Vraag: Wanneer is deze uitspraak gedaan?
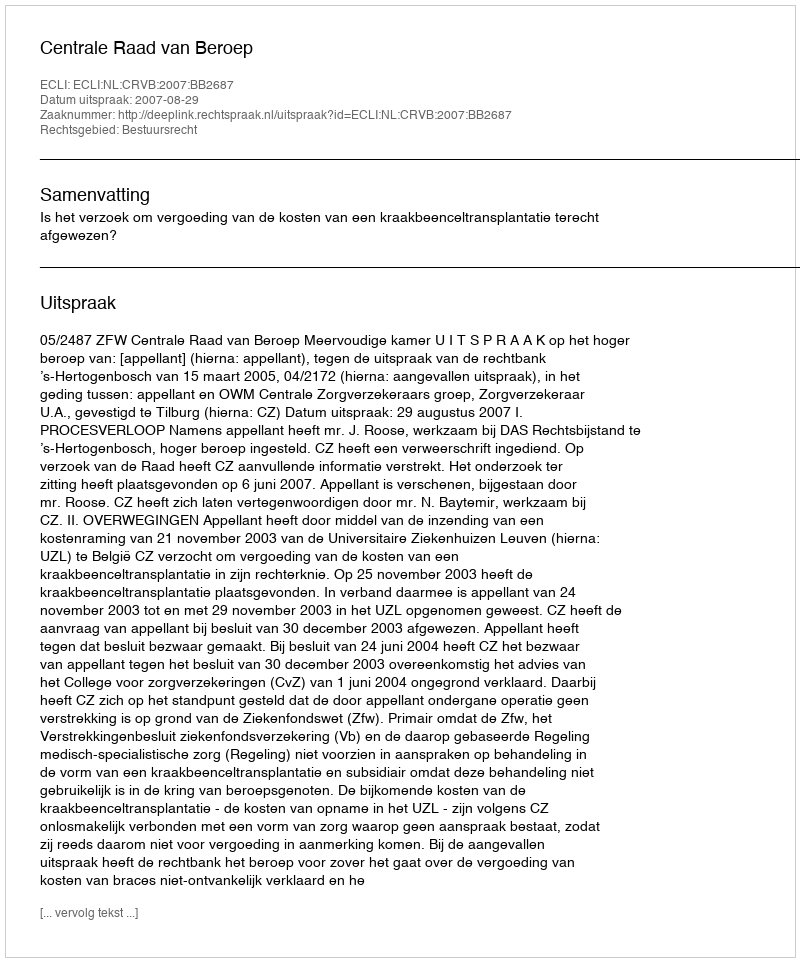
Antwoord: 2007-08-29